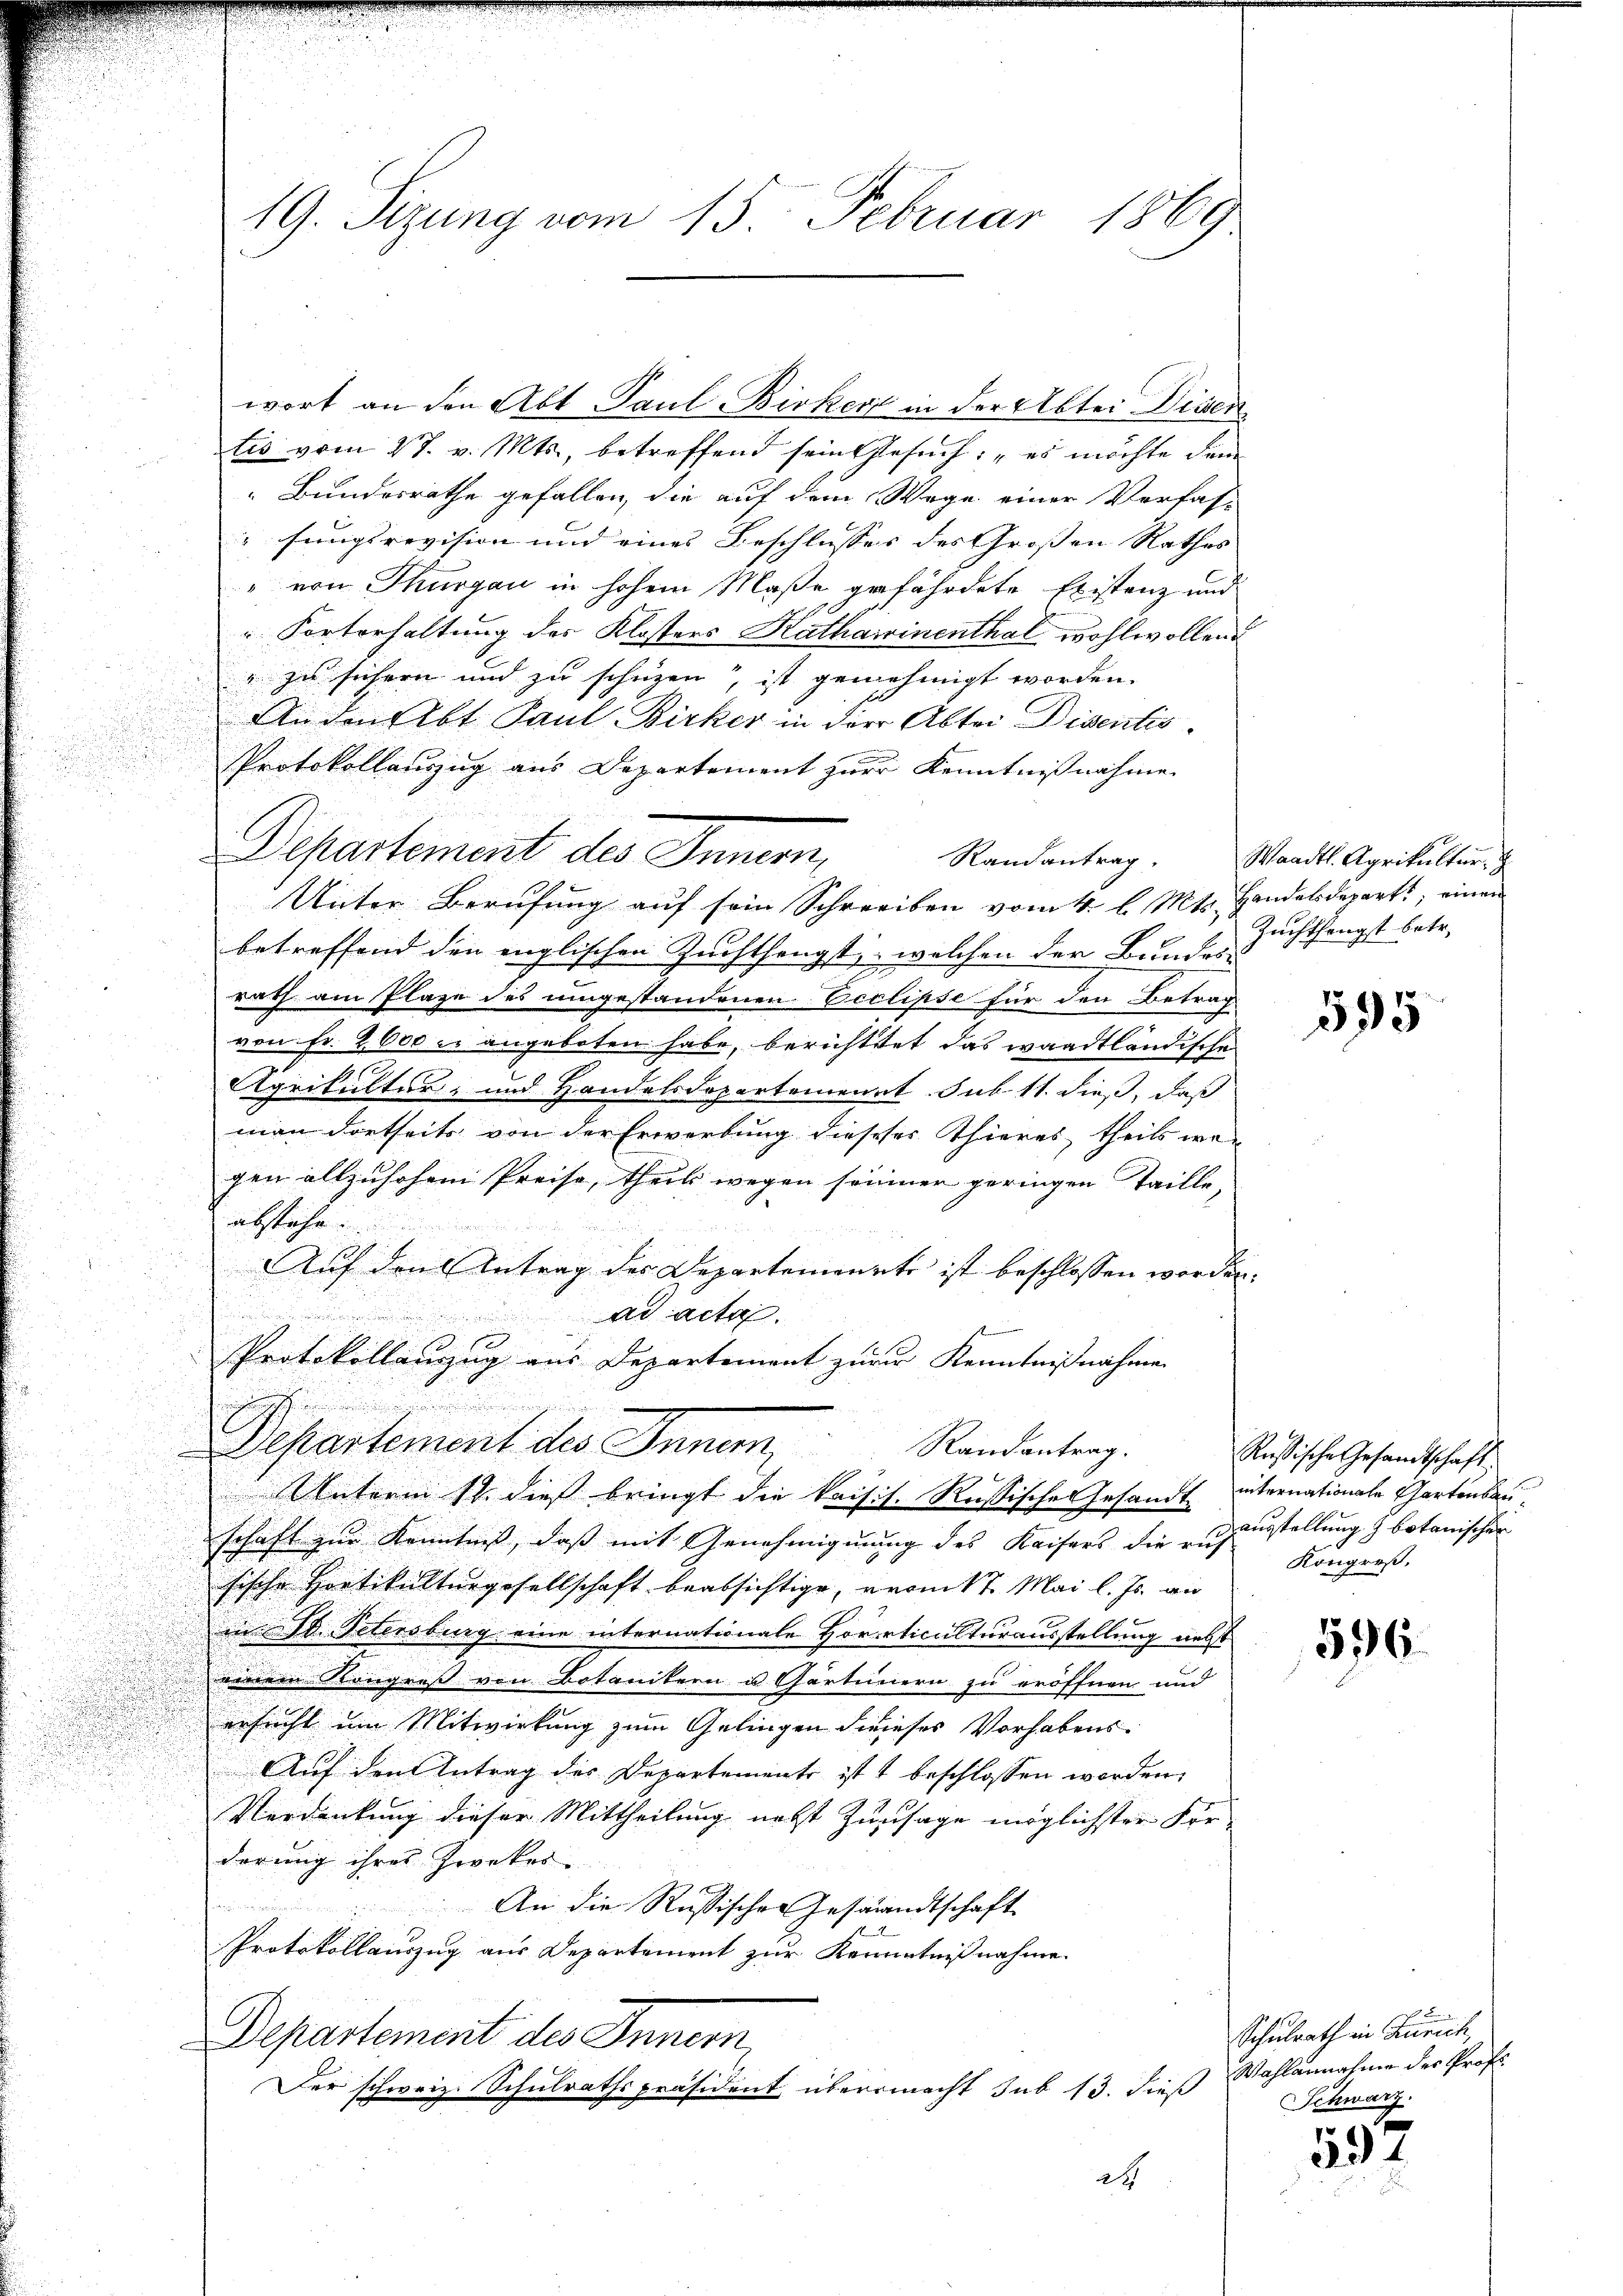
wort an den Abt Paul-Birker in der Abtei Disen
tis vom 27. v. Mts., betreffend sein Gesuch: „es möchte dem
Bundesrathe gefallen, die auf dem Wege einer Verfas-
fungsrevision und eines Beschlusses des Grossen Rathes |
" von Thurgau in hohem Maße gefährdete Existanz und
Korterhaltung des Klosters Katharinenthal wohlwollend
" zu sichern und zu schüzen“, ist genehmigt worden.
An den Abt Paul Birker in die Abtei Dissentis
Protokollauszug aus Departement zur Kenntnißnahme.

Departement des Innern,
Randantrag.
Unter Berufung auf sein Schreiben vom 4. l. Mts. Handelsdepart, einen
betreffend den englischen Zuchthengst, welchen der Bundes-
rath am Plaze des umgestandenen Ecclipse für den Betrag
von Fr. 2600 c. angeboten habe, berichttet das waadtländische
u
Agrikulter; und Handelsdopartement sub. 11. dieß, daß
man dortseits von der Erwerbung dieseses Thieres, theils wogen allzuhohen Preise, theils wegen sommer geringen Taille,
abstehe.
Auf den Antrag des Departemente ist beschlossen worden.

ad acta.

i
Protokollanzug aus Departement zur Kenntnißnahmen
nghier und und
Departement des Inner, Randantrag.
Unterm 11. dieß bringt die kaisis. Russischen Gesandt internationale Gartenbar
schaft zur Kenntniß, daß mit Genehmigung des Kaisers die anzausstellung botanischer
sische Hartikulturgesellschaft beabsichtige, vom 17. Mai l. Js. wi
i S. Petersburg eine internationale Horrticulturausstellung nebst
einem Kongress von Botanikern u. Gartinern zu eröffnen und
ersucht um Mitwirkung zum Gelingen dieses Vorhabens-
Aŭf dem Antrag des Departements ist beschlossen worden,
Verdankung dieser Mittheilung nebst Zusage möglichster Forderung ihres Zwecker
An die Russischen Gesandtschaft
Protokollauszug aus Departement zur Kenntnißnahme.
Departement des Innern,
Der schweiz. Schulrathspräsident übermacht sub 13. dieß
2t

n

19. Sizung vom 15. Februar 1869

Waadt. Agrikultur,
Zuchthengst betr.

595

Rußische Gesandtschaft
Kongreß,

596.

Schulrath in Zürich
Wahlannahme der Prof.
Schwarz.

557